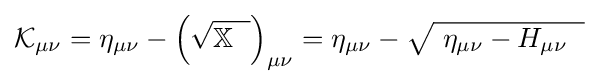
{\mathcal {K}}_{\mu \nu }=\eta _{\mu \nu }-\left({\sqrt {\mathbb {X} \;~}}\right)_{\mu \nu }=\eta _{\mu \nu }-{\sqrt {\ \eta _{\mu \nu }-H_{\mu \nu }\;~}}